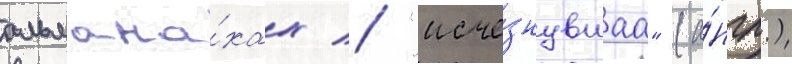
альмана́хах // "исче́знувшаа" (а́нгл.)